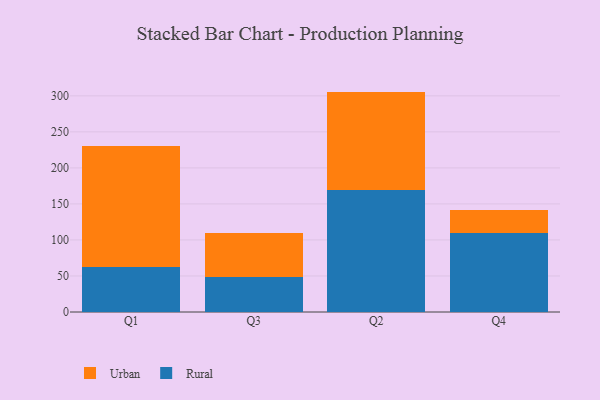
{"axis": {"x": "Quarter", "y": "Backlog"}, "legend": ["Rural", "Urban"], "data": [{"x": "Q1", "y": 63.1, "type": "Rural"}, {"x": "Q1", "y": 167.2, "type": "Urban"}, {"x": "Q3", "y": 48.1, "type": "Rural"}, {"x": "Q3", "y": 61.4, "type": "Urban"}, {"x": "Q2", "y": 169.1, "type": "Rural"}, {"x": "Q2", "y": 136.8, "type": "Urban"}, {"x": "Q4", "y": 109.2, "type": "Rural"}, {"x": "Q4", "y": 32.0, "type": "Urban"}]}